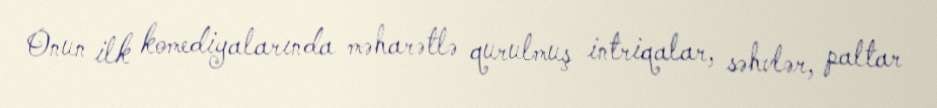
Onun ilk komediyalarında məharətlə qurulmuş intriqalar, səhvlər, paltar